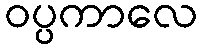
ဝပ္ပကာလေ